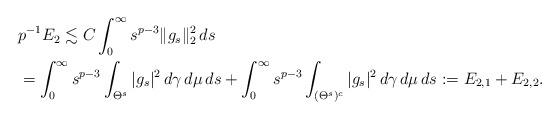
LaTeX: \begin{align*}&p^{-1}E_2\lesssim C \int_0^{\infty}s^{p-3}\|g_{s}\|_2^2\,ds\\&=\int_0^{\infty}s^{p-3}\int_{\Theta^{s}}|g_{s}|^2\,d\gamma\,d\mu\,ds+\int_0^{\infty}s^{p-3}\int_{(\Theta^{s})^c}|g_{s}|^2\,d\gamma\,d\mu\,ds:= E_{2,1}+E_{2,2}.\end{align*}